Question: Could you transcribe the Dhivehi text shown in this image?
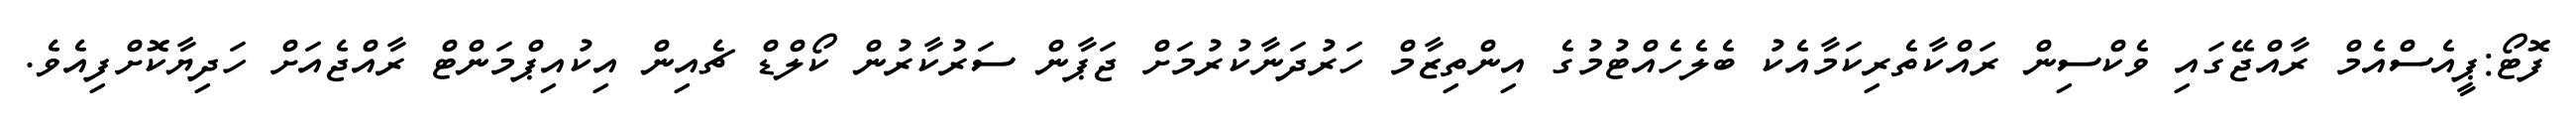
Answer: ފޮޓޯ:ޕީއެސްއެމް ރާއްޖޭގައި ވެކްސިން ރައްކާތެރިކަމާއެކު ބެލެހެއްޓުމުގެ އިންތިޒާމް ހަރުދަނާކުރުމަށް ޖަޕާން ސަރުކާރުން ކޯލްޑް ޗެއިން އިކުއިޕްމަންޓް ރާއްޖެއަށް ހަދިޔާކޮށްފިއެވެ.